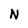
Character: N